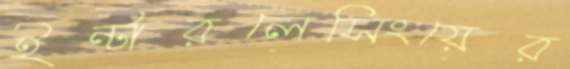
ইন্টারলেসিংয়ের